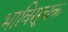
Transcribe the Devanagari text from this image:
भाविसूचक